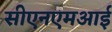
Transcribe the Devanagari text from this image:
सीएनएमआई